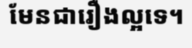
មែនជារឿងល្អទេ។